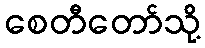
စေတီတော်သို့